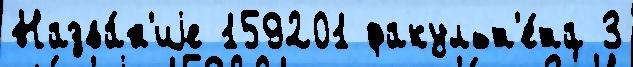
Назва́н'иjе 159201 факульт'е́та 3